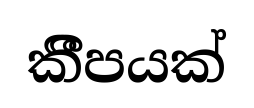
කීීපයක්